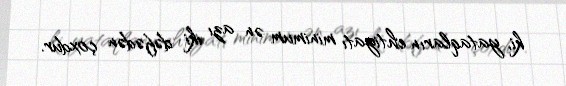
ki, yataqların ehtiyatı minimum ən azı iki dəfədən çoxdur.